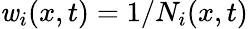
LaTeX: \mathit{w}_{i}(x,t)=1/N_{i}(x,t)